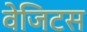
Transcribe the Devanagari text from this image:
वेजिटस